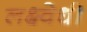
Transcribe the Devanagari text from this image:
लक्ष्वेधी